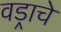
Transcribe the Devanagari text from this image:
वड्राचे